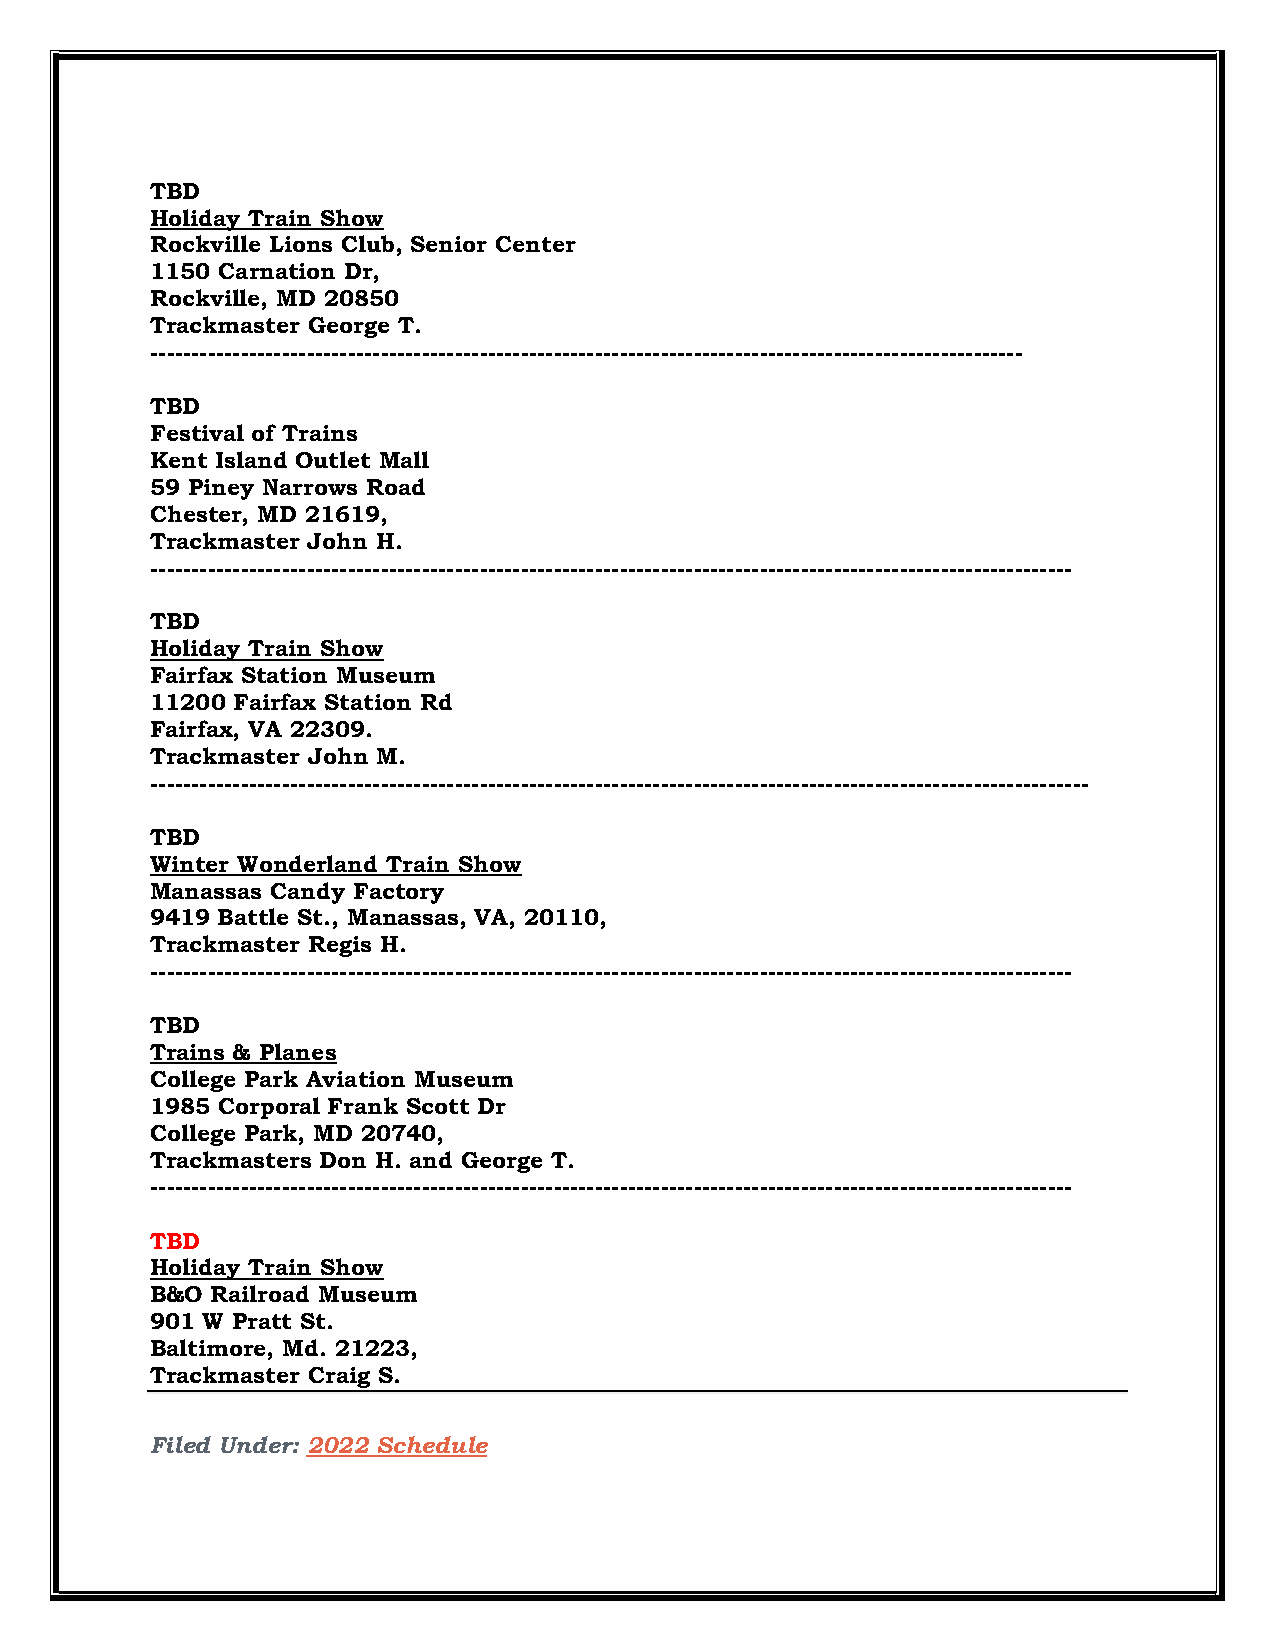
TBD
 Holiday Train Show
 Rockville Lions Club, Senior Center
 1150 Carnation Dr,
 Rockville, MD 20850
 Trackmaster George T.
 ----------------------------------------------------------------------------------------------------------
 TBD
 Festival of Trains
 Kent Island Outlet Mall
 59 Piney Narrows Road
 Chester, MD 21619,
 Trackmaster John H.
 ----------------------------------------------------------------------------------------------------------------
 TBD
 Holiday Train Show
 Fairfax Station Museum
 11200 Fairfax Station Rd
 Fairfax, VA 22309.
 Trackmaster John M.
 ------------------------------------------------------------------------------------------------------------------
 TBD
 Winter Wonderland Train Show
 Manassas Candy Factory
 9419 Battle St., Manassas, VA, 20110,
 Trackmaster Regis H.
 ----------------------------------------------------------------------------------------------------------------
 TBD
 Trains & Planes
 College Park Aviation Museum
 1985 Corporal Frank Scott Dr
 College Park, MD 20740,
 Trackmasters Don H. and George T.
 ----------------------------------------------------------------------------------------------------------------
 TBD
 Holiday Train Show
 B&O Railroad Museum
 901 W Pratt St.
 Baltimore, Md. 21223,
 Trackmaster Craig S.
 Filed Under: 2022 Schedule